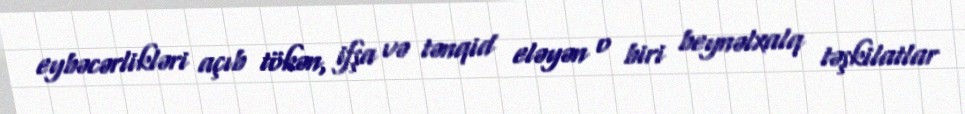
eybəcərlikləri açıb tökən, ifşa və tənqid eləyən o biri beynəlxalq təşkilatlar